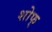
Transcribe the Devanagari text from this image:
शोफ्